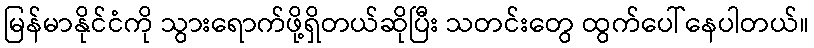
မြန်မာနိုင်ငံကို သွားရောက်ဖို့ရှိတယ်ဆိုပြီး သတင်းတွေ ထွက်ပေါ်နေပါတယ်။